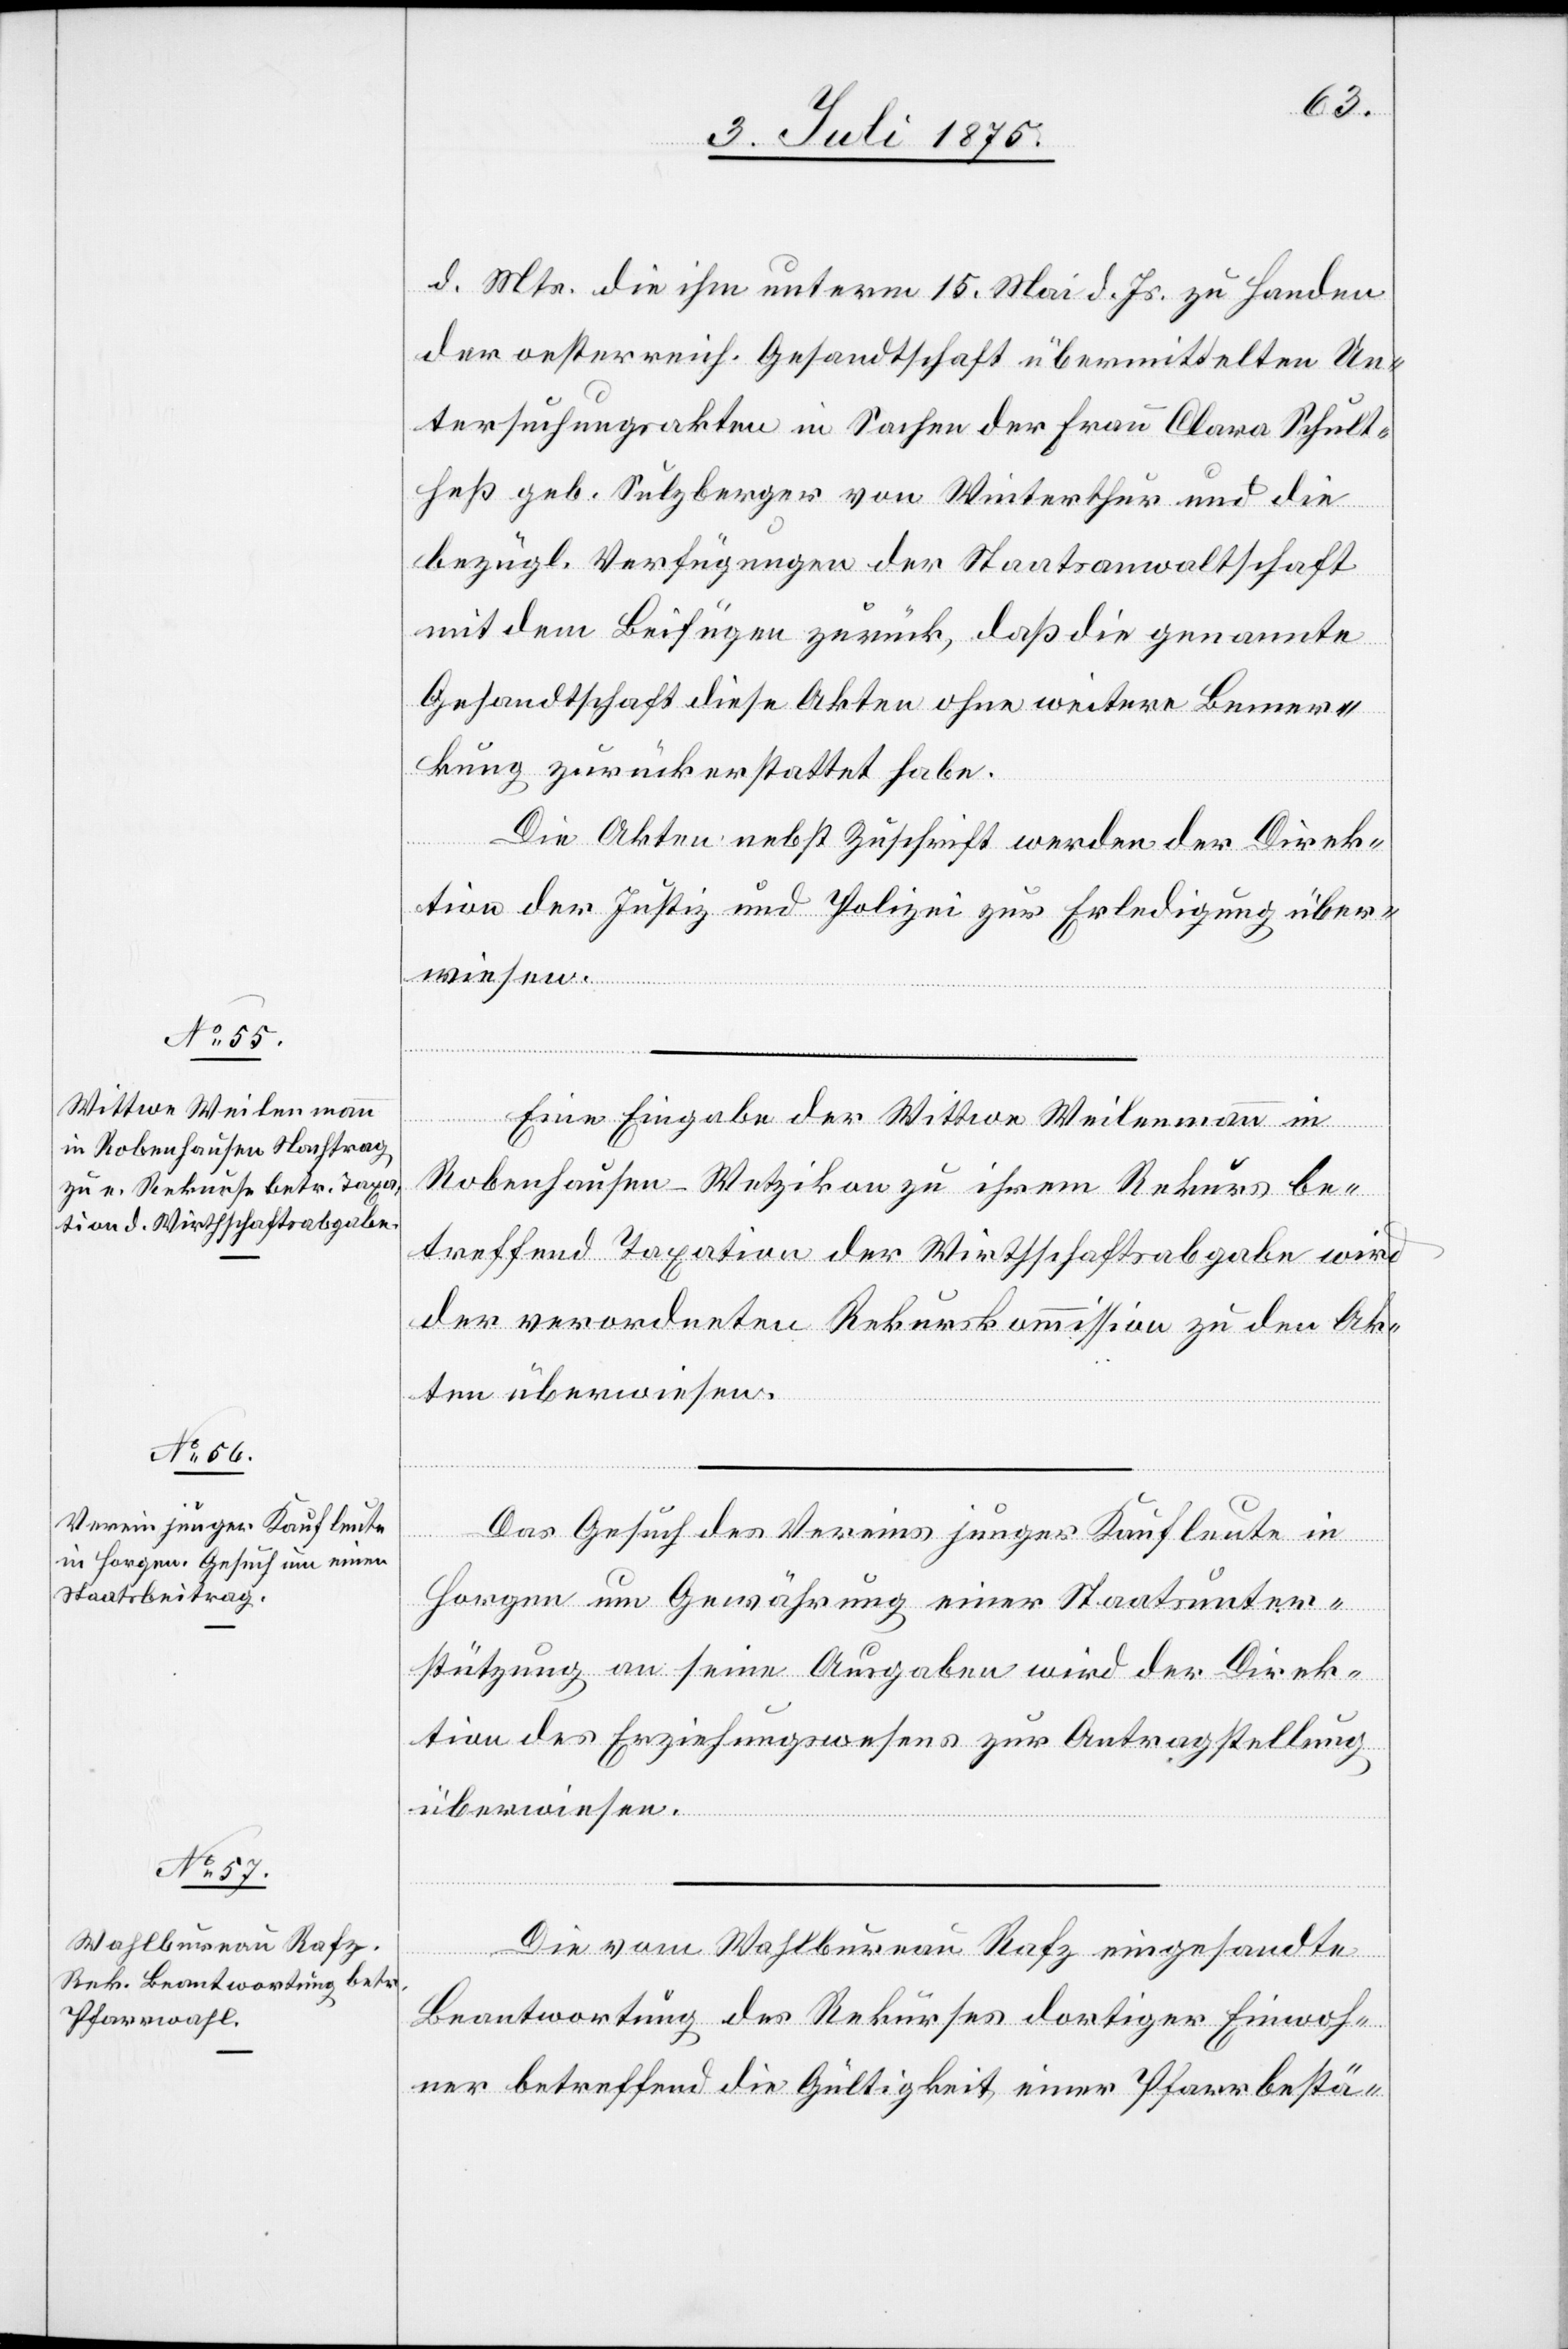
5. Juli 1875.]
d. Mts. die ihm unterm 15. Mai d. Js. zu Handen
der oesterreich. Gesandtschaft übermittelten Un¬
tersuchungsakten in Sachen der Frau Clara Schult¬
heß geb. Sulzberger von Winterthur und die
bezügl. Verfügungen der Staatsanwaltschaft
mit dem Beifügen zurück, daß die genannte
Gesandtschaft diese Akten ohne weitere Bemer¬
kung zurückerstattet habe.
Die Akten nebst Zuschrift werden der Direk¬
tion der Justiz und Polizei zur Erledigung über¬
wiesen.
Eine Eingabe der Wittwe Weilenmann in
Robenhausen - Wetzikon zu ihrem Rekurs be¬
treffend Taxation der Wirthschaftsabgabe wird
der verordneten Rekurskommission zu den Ak¬
ten überwiesen.
Das Gesuch des Vereins junger Kaufleute in
Horgen um Gewährung einer Staatsunter¬
stützung an seine Ausgaben wird der Direk¬
tion des Erziehungswesens zur Antragstellung
überwiesen.
Die vom Wahlbureau Rafz eingesandte
Beantwortung des Rekurses dortiger Einwoh¬
ner betreffend die Gültigkeit einer Pfarrbestä-